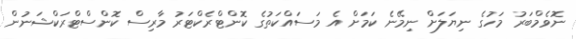
ނޮވެމްބަރު މަހުގެ ނިޔަލަށް ނިމޭނެ ކަމަށް އެ މަސައްކަތުގެ ކޮންޓްރެކްޓަރު މާރިސް ކޮންސްޓްރަކްޝަނުން